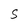
Character: S